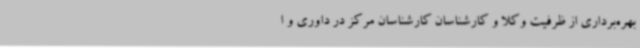
بهره‌برداری از ظرفیت وکلا و کارشناسان کارشناسان مرکز در داوری و ا